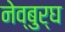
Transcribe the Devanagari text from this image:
नेव्बुर्घ